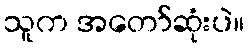
သူက အတော်ဆုံးပဲ။